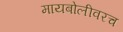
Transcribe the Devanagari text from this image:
मायबोलीवरच